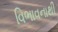
વિભાવનાથી